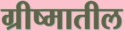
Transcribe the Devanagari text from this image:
ग्रीष्मातील